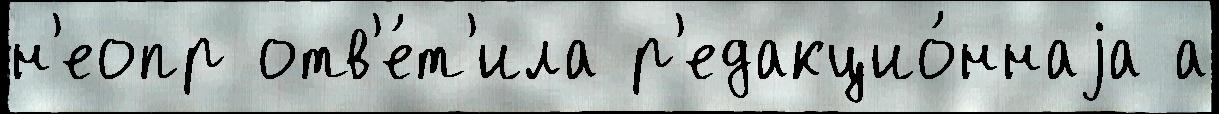
н'еопр отв'е́т'ила р'едакцио́ннаjа а